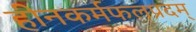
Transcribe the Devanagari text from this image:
हीनकर्मफलप्रदम्